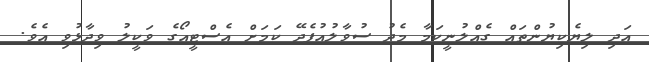
އަދި ލިޔެކިޔުންތައް ގެއްލުނީކަމާ މެދު ސުވާލުއުފެދޭ ކަމަށް އެސްޓީއޯގެ ވަކީލު ވިދާޅުވި އެވެ.